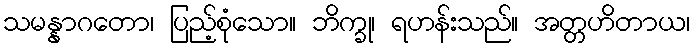
သမန္နာဂတော၊ ပြည့်စုံသော။ ဘိက္ခု၊ ရဟန်းသည်။ အတ္တဟိတာယ၊